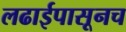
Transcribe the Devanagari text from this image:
लढाईपासूनच